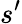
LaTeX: s{'}